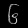
Digit: ၆